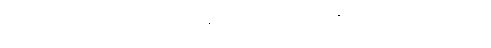
မြတ်စွာဘုရား ပရိနိဗ္ဗာန်စံလွန်တော်မူပြီးသည်နောက် သာသနာနှစ် ၁၅၇ခုတွင် ရှမ်းမင်းဆက်